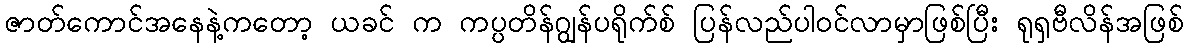
ဇာတ်ကောင်အနေနဲ့ကတော့ ယခင် က ကပ္ပတိန်ဂျွန်ပရိုက်စ် ပြန်လည်ပါ၀င်လာမှာဖြစ်ပြီး ရုရှဗီလိန်အဖြစ်